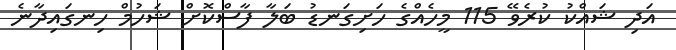
އަދި ޝައްކު ކުރެވޭ 115 މީހެއްގެ ހަށިގަނޑު ބަލާ ފާސްކޮށް ޝަހުމް ހިނގައިދާނެ